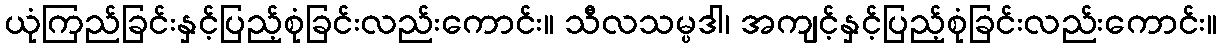
ယုံကြည်ခြင်းနှင့်ပြည့်စုံခြင်းလည်းကောင်း။ သီလသမ္ပဒါ၊ အကျင့်နှင့်ပြည့်စုံခြင်းလည်းကောင်း။